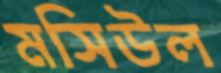
মসিউল